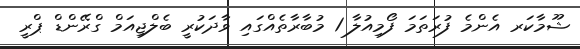
ޝޫމާކަރ އެންމެ ފުރަތަމަ ފޯމިއުލާ 1 މުބާރާތެއްގައި ވާދަކުރީ ބެލްޖިއަމް ގްރޭންޑް ޕްރީ